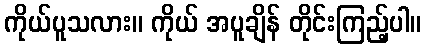
ကိုယ်ပူသလား။ ကိုယ် အပူချိန် တိုင်းကြည့်ပါ။